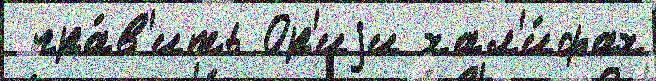
 пра́в'ить Ор'иjи хал'и́фах